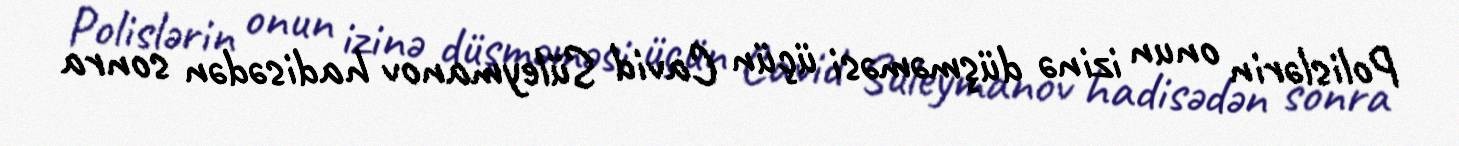
Polislərin onun izinə düşməməsi üçün Cavid Süleymanov hadisədən sonra